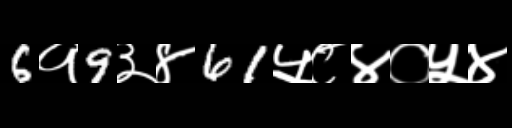
Text: 6१9३४61५८४०५४